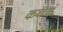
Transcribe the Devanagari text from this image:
कथेचं